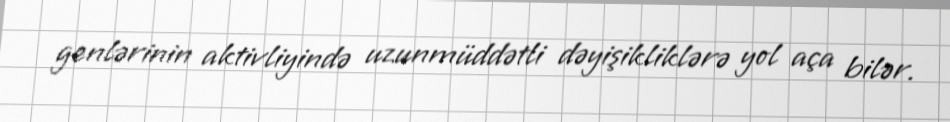
genlərinin aktivliyində uzunmüddətli dəyişikliklərə yol aça bilər.